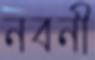
নবনী